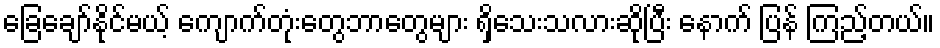
ခြေချော်နိုင်မယ့် ကျောက်တုံးတွေဘာတွေများ ရှိသေးသလားဆိုပြီး နောက် ပြန် ကြည့်တယ်။